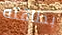
بطاقته